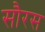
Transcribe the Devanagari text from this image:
सौरस